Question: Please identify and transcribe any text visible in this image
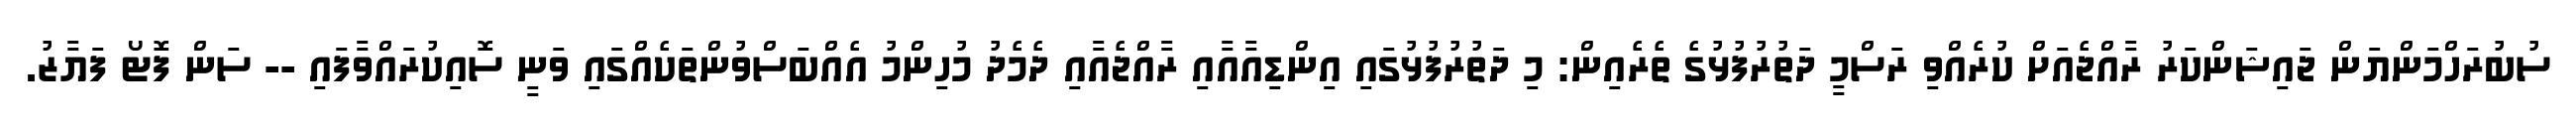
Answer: ސުބުރަހްމަންޔަން ޖައިޝަންކަރު ރާއްޖެއަށް ކުރެއްވި ރަސްމީ ދަތުރުފުޅުގެ ތެރެއިން: މި ދަތުރުފުޅުގައި އިންޑިއާއާއި ރާއްޖެއާއި ދެމެދު މުހިންމު އެއްބަސްވުންތަކެއްގައި ވަނީ ސޮއިކުރައްވާފައި -- ސަން ފޮޓޯ ފަޔާޒު.